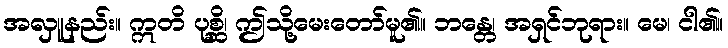
အလှူနည်း။ ဣတိ ပုစ္ဆိ၊ ဤသို့မေးတော်မူ၏။ ဘန္တေ၊ အရှင်ဘုရား။ မေ၊ ငါ၏။